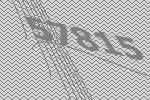
57815